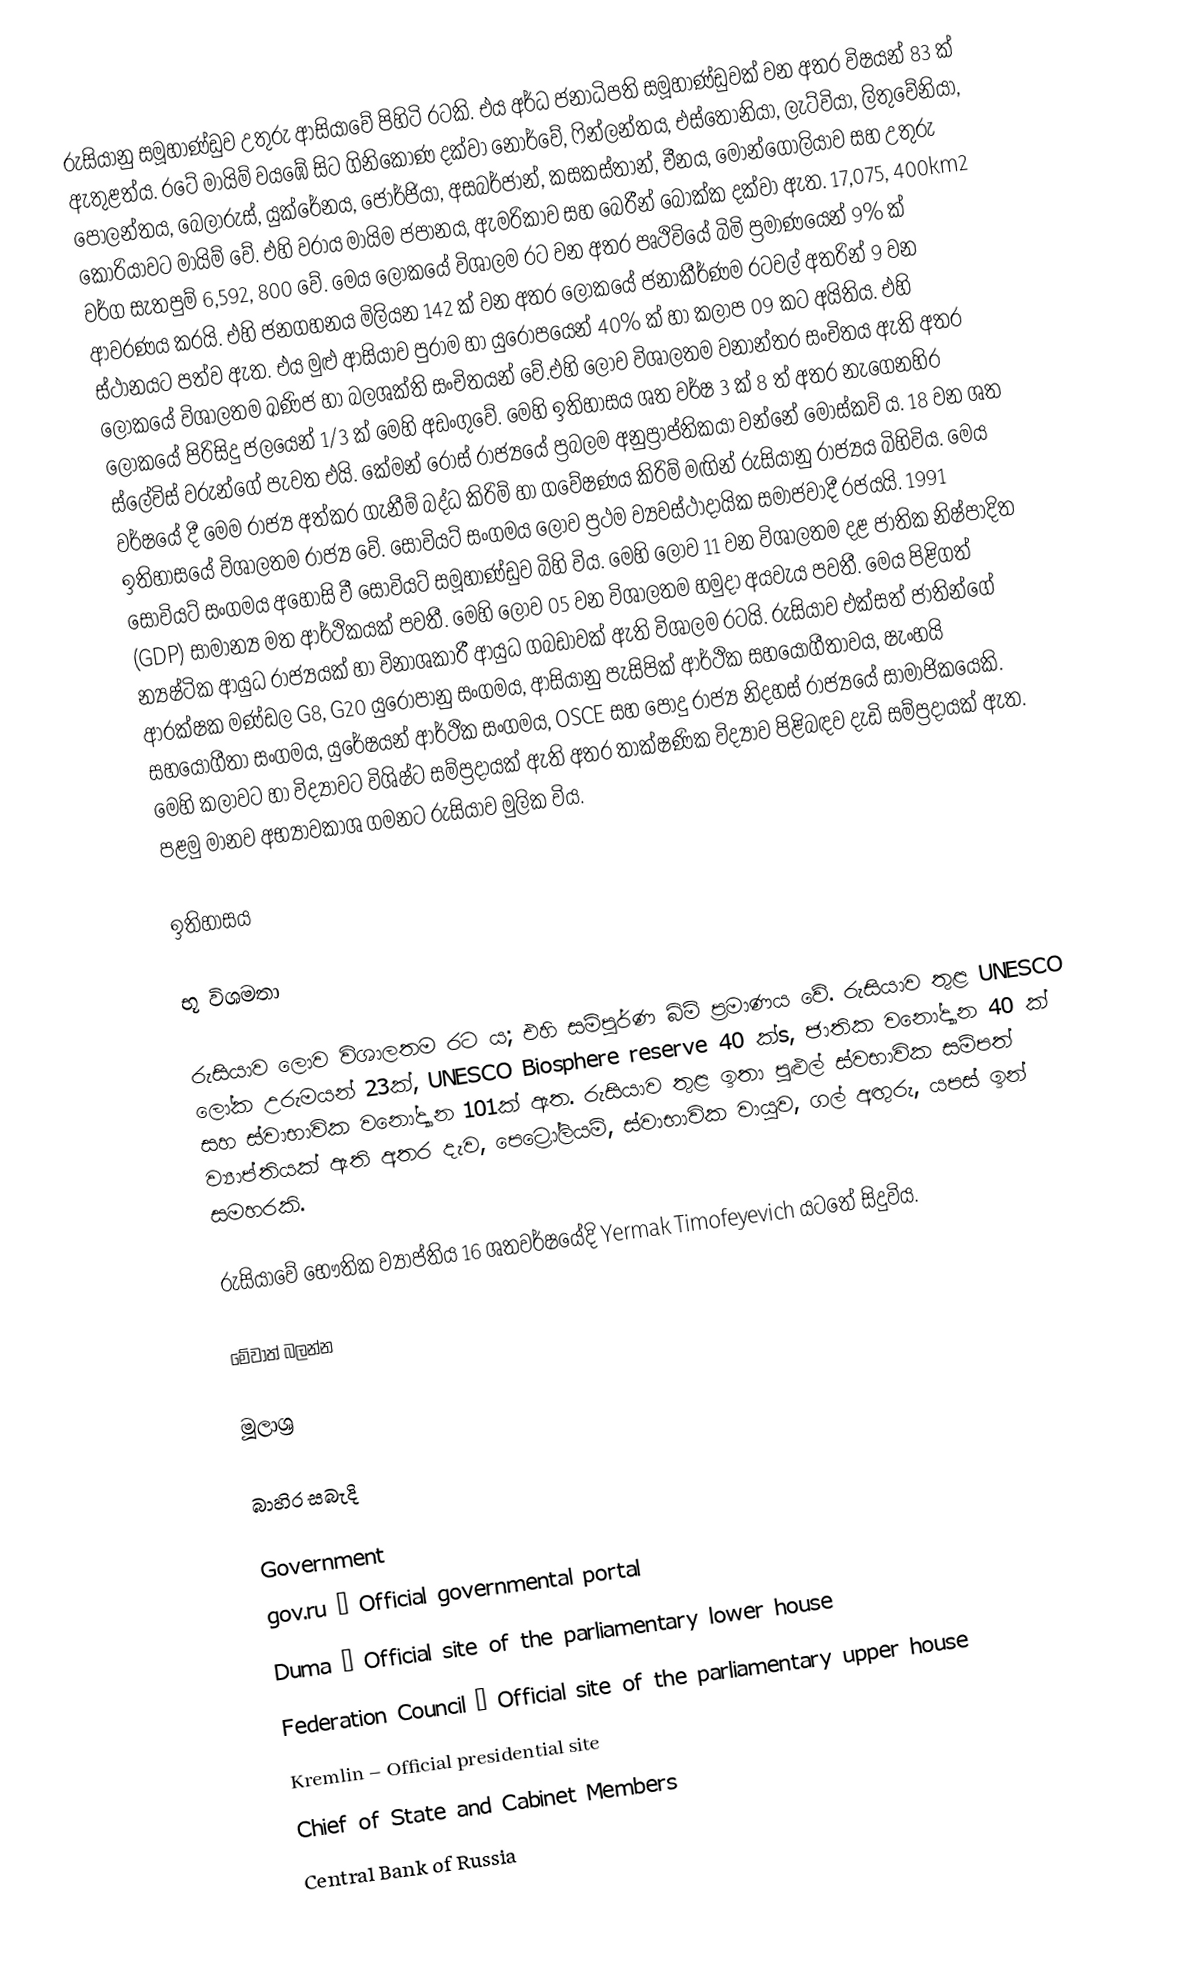
රුසියානු  සමූහාණ්ඩුව උතුරු ආසියාවේ  පිහිටි රටකි. එය අර්ධ ජනාධිපති සමූහාණ්ඩුවක් වන අතර  විෂයන් 83 ක් ඇතුළත්ය. රටේ මායිම් වයඹේ සිට ගිනිකොණ දක්වා නෝර්වේ, ෆින්ලන්තය, එස්තෝනියා, ලැට්වියා, ලිතුවේනියා, පෝලන්තය, බෙලාරුස්, යුක්රේනය, ජෝර්ජියා, අසබර්ජාන්, කසකස්තාන්, චීනය, මොන්ගෝලියාව සහ උතුරු කොරියාවට මායිම් වේ. එහි වරාය මායිම ජපානය, ඇමරිකාව සහ බෙරීන් බොක්ක දක්වා ඇත. 17,075, 400km2   වර්ග සැතපුම් 6,592, 800 වේ. මෙය ලෝකයේ විශාලම රට වන අතර පෘථිවියේ  බිමි ප්‍රමාණයෙන් 9% ක් ආවරණය  කරයි. එහි ජනගහනය මිලියන  142 ක් වන අතර ලෝකයේ ජනාකීර්ණම රටවල් අතරින් 9 වන ස්ථානයට පත්ව ඇත. එය මුළු ආසියාව පුරාම හා යුරෝපයෙන් 40% ක් හා කලාප 09 කට අයිතිය. එහි ලෝක‍යේ විශාලතම ඛණිජ හා බලශක්ති සංචිතයන් වේ.එහි ලොව විශාලතම වනාන්තර සංචිතය ඇති අතර ලෝකයේ පිරිසිදු ජලයෙන් 1/3 ක් මෙහි අඩංගුවේ. මෙහි ඉතිහාසය ශත වර්ෂ 3 ක් 8 ත් අතර නැගෙනහිර ස්ලේවිස් වරුන්ගේ පැවත එයි. කේමන් රෝස් රාජ්‍යයේ ප්‍රබලම අනුප්‍රාප්තිකයා වන්නේ මොස්කව් ය. 18 වන ශත වර්ෂයේ දී මෙම රාජ්‍ය අත්කර ගැනීම් බද්ධ කිරිම් හා ගවේෂණය කිරිම්  මඟින්  රුසියානු රාජ්‍යය බිහිවිය. මෙය ඉතිහාසයේ විශාලතම රාජ්‍ය වේ. සෝවියට් සංගමය ‍ලොව ප්‍රථම  ව්‍යවස්ථාදායික සමාජවාදී රජයයි.  1991 සෝවියට් සංගමය අහෝසි වී සෝවියට් සමූහාණ්ඩුව බිහි විය. මෙහි ලොව 11 වන විශාලතම දළ ජාතික නිෂ්පාදිත (GDP) සාමාන්‍ය මත ආර්ථිකයක්  පවතී. මෙහි ලොව 05 වන විශාලතම හමුදා අයවැය  පවතී. මෙය පිළිගත් න්‍යෂ්ටික ආයුධ  රාජ්‍යයක් හා  විනාශකාරී ආයුධ ගබඩාවක් ඇති විශාලම රටයි. රුසියාව එක්සත් ජාතින්ගේ ආරක්ෂක මණ්ඩල G8, G20 යුරෝපානු සංගමය, ආසියානු පැසිපික්  ආර්ථික සහයෝගීතාවය, ෂැංහයි සහයෝගීතා සංගමය, යුරේෂයන් ආර්ථික සංගමය, OSCE සහ පොදු රාජ්‍ය  නිදහස්  රාජ්‍යයේ සාමාජිකයෙකි. මෙහි කලාවට හා විද්‍යාවට විශිෂ්ට සම්ප්‍රදායක් ඇති අතර  තාක්ෂණික විද්‍යාව පිළිබඳව දැඩි සම්ප්‍රදායක් ඇත. පළමු මානව අභ්‍යාවකාශ ගමනට රුසියාව මුලික විය.

ඉතිහාසය

භූ විශමතා

රුසියාව ලොව විශාලතම රට ය; එහි සම්පූර්ණ බිම් ප්‍රමාණය වේ. රුසියාව තුළ UNESCO ‍ලෝක උරුමයන් 23ක්, UNESCO Biosphere reserve 40 ක්s, ජාතික වනෝද්‍යාන 40 ක් සහ ස්වාභාවික වනෝද්‍යාන 101ක් ඇත. රුසියාව තුළ ඉතා පුළුල් ස්වභාවික සම්පත් ව්‍යාප්තියක් ඇති අතර දැව, පෙට්‍රෝලියම්, ස්වාභාවික වායුව, ගල් අඟුරු, යපස්  ඉන් සමහරකි.

රුසියාවේ භෞතික ව්‍යාප්තිය 16 ශතවර්ෂයේදි Yermak Timofeyevich යටතේ සිදුවිය.

මේවාත් බලන්න

මූලාශ්‍ර

බාහිර සබැදි

 Government
 gov.ru – Official governmental portal
 Duma – Official site of the parliamentary lower house
 Federation Council – Official site of the parliamentary upper house
 Kremlin – Official presidential site
 Chief of State and Cabinet Members
 Central Bank of Russia